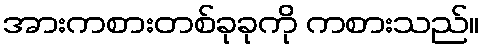
အားကစားတစ်ခုခုကို ကစားသည်။